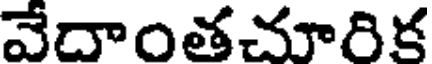
వేదాంతచూరిక